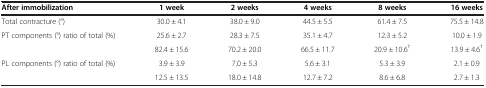
<table><thead><tr><td><b>After immobilization</b></td><td><b>1 week</b></td><td><b>2 weeks</b></td><td><b>4 weeks</b></td><td><b>8 weeks</b></td><td><b>16 weeks</b></td></tr></thead><tbody><tr><td>Total contracture (°)</td><td>30.0 ± 4.1</td><td>38.0 ± 9.0</td><td>44.5 ± 5.5</td><td>61.4 ± 7.5</td><td>75.5 ± 14.8</td></tr><tr><td rowspan="2">PT components (°) ratio of total (%)</td><td>25.6 ± 2.7</td><td>28.3 ± 7.5</td><td>35.1 ± 4.7</td><td>12.3 ± 5.2</td><td>10.0 ± 1.9</td></tr><tr><td>82.4 ± 15.6</td><td>70.2 ± 20.0</td><td>66.5 ± 11.7</td><td>20.9 ± 10.6<sup>†</sup></td><td>13.9 ± 4.6<sup>†</sup></td></tr><tr><td>PL components (°) ratio of total (%)</td><td>3.9 ± 3.9</td><td>7.0 ± 5.3</td><td>5.6 ± 3.1</td><td>5.3 ± 3.9</td><td>2.1 ± 0.9</td></tr><tr><td> </td><td>12.5 ± 13.5</td><td>18.0 ± 14.8</td><td>12.7 ± 7.2</td><td>8.6 ± 6.8</td><td>2.7 ± 1.3</td></tr></tbody></table>